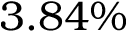
3 . 8 4 \%